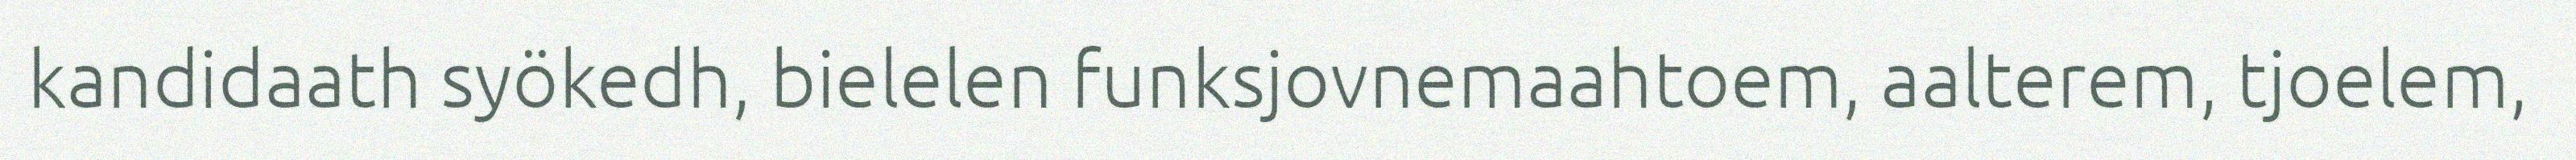
kandidaath syökedh, bielelen funksjovnemaahtoem, aalterem, tjoelem,